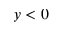
y < 0